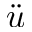
\ddot { u }